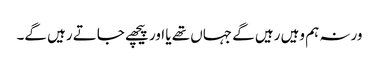
ورنہ ہم وہیں رہیں گے جہاں تھے یا اور پیچھے جاتے رہیں گے۔